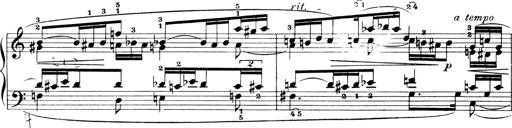
Title: 4 Sonatines
Composer: Max Reger